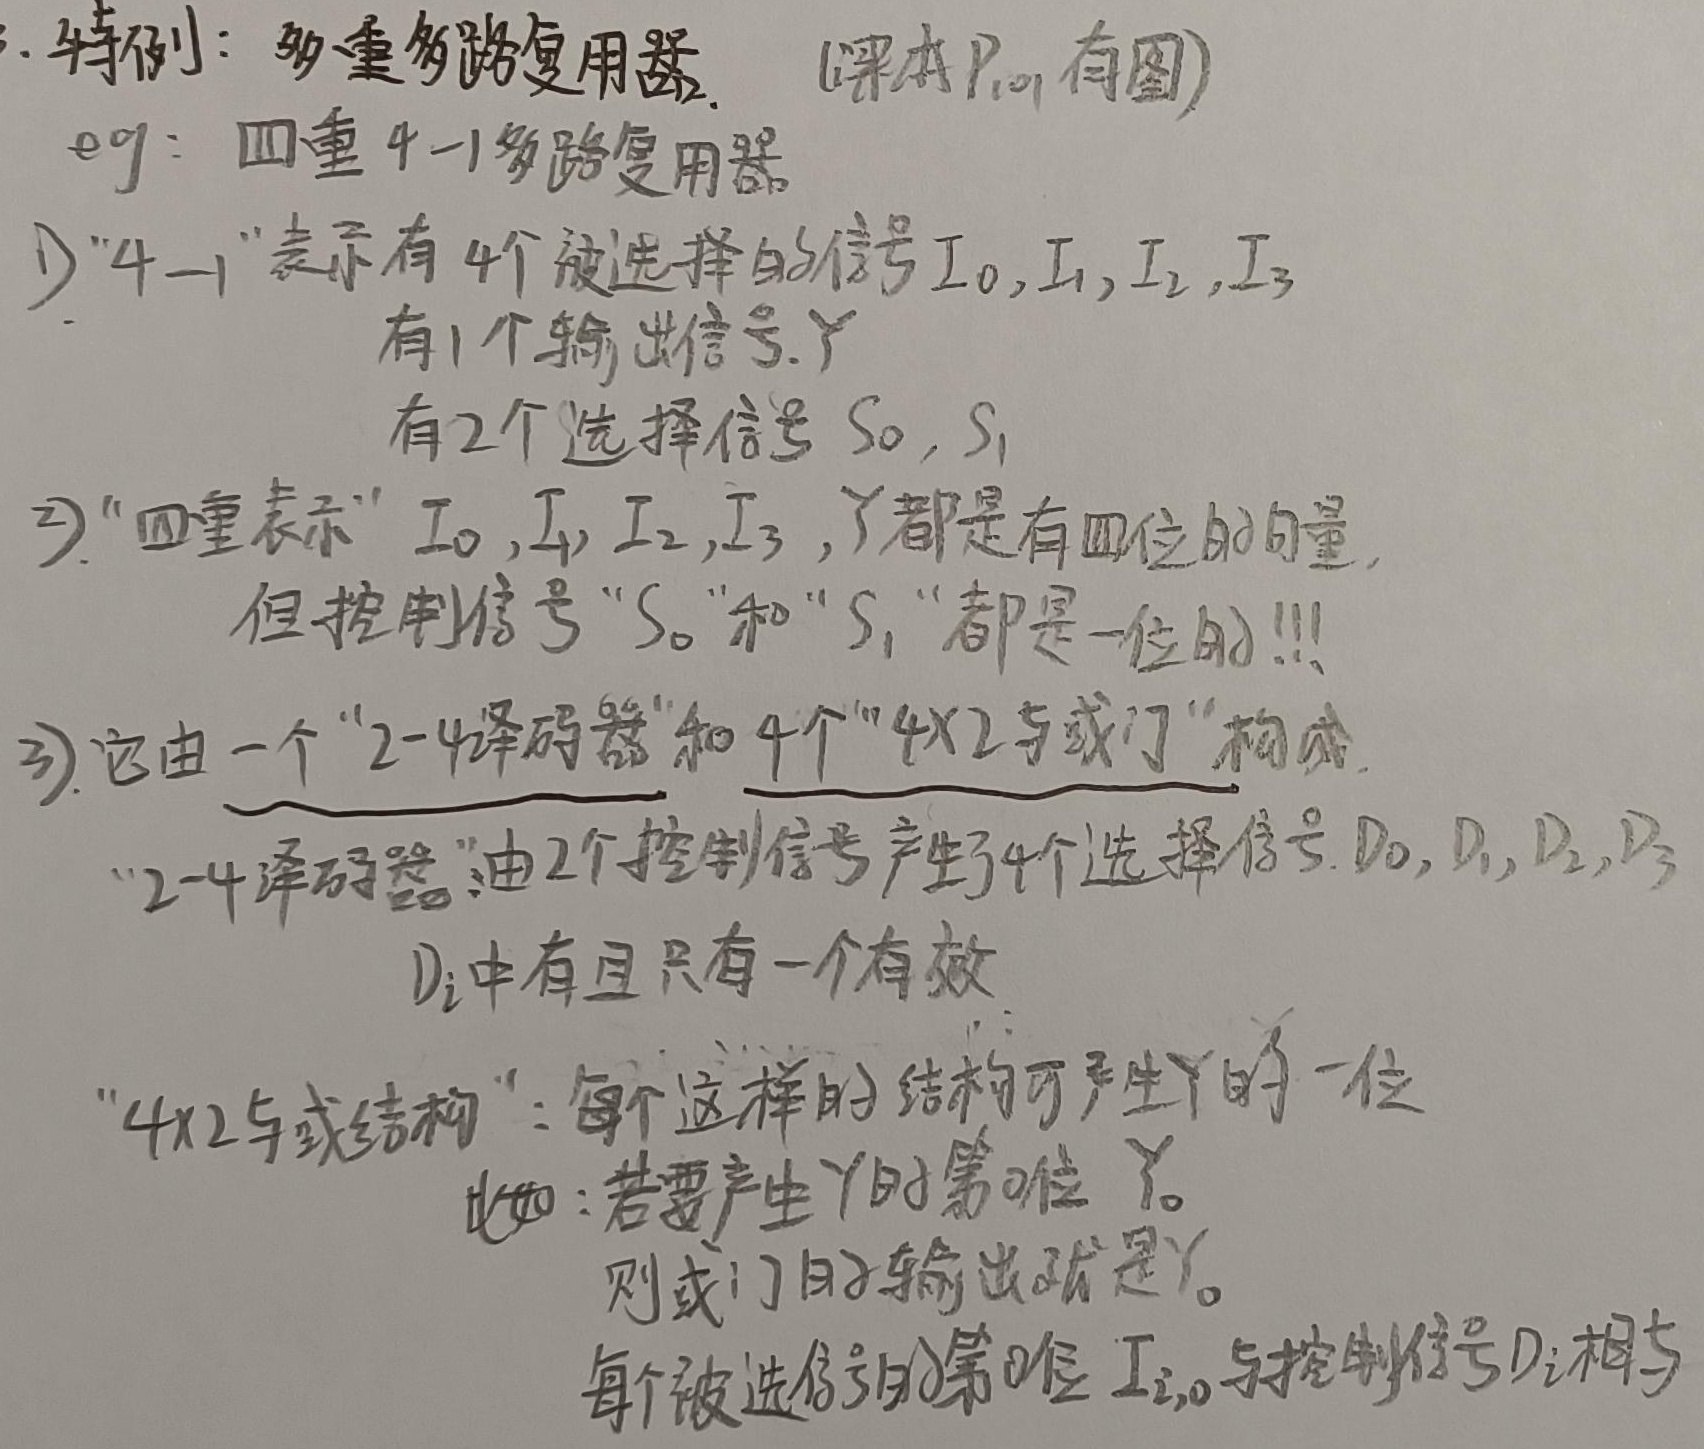
1. 特例：多重多路复用器. (课本 \(P_{?}\) 有图)
   - eg：四重 4 - 1多路复用器
     - 1) “4 - 1”表示有4个被选择的信号 \(I_0,I_1,I_2,I_3\)，有1个输出信号 \(Y\)，有2个选择信号 \(S_0,S_1\)。
     - 2) “四重表示” \(I_0,I_1,I_2,I_3,Y\) 都是有四位的向量，但控制信号 “\(S_0\)” 和 “\(S_1\)” 都是一位的!!!
     - 3) 它由一个 “2 - 4译码器” 和4个 “\(4\times2\) 与或门” 构成。
       - “2 - 4译码器” 由2个控制信号产生4个选择信号 \(D_0,D_1,D_2,D_3\)，\(D_i\) 中有且只有一个有效。
       - “\(4\times2\) 与或结构”：每个这样的结构可产生 \(Y\) 的一位。
         - 比如：若要产生 \(Y\) 的第0位 \(Y_0\)，则或门的输出就是 \(Y_0\)。每个被选信号的第0位 \(I_{i,0}\) 与控制信号 \(D_i\) 相与。